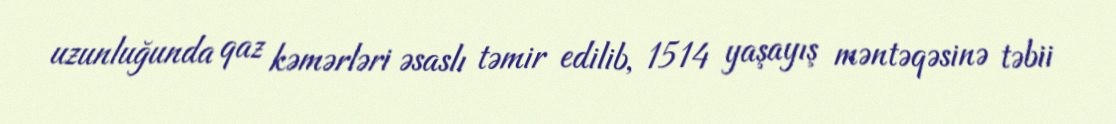
uzunluğunda qaz kəmərləri əsaslı təmir edilib, 1514 yaşayış məntəqəsinə təbii